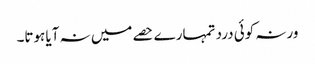
ورنہ کوئی درد تمہارے حصے میں نہ آیا ہوتا۔